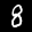
Label: 8